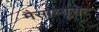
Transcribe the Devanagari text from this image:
मैसाच्यूसेट